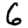
Digit: 6